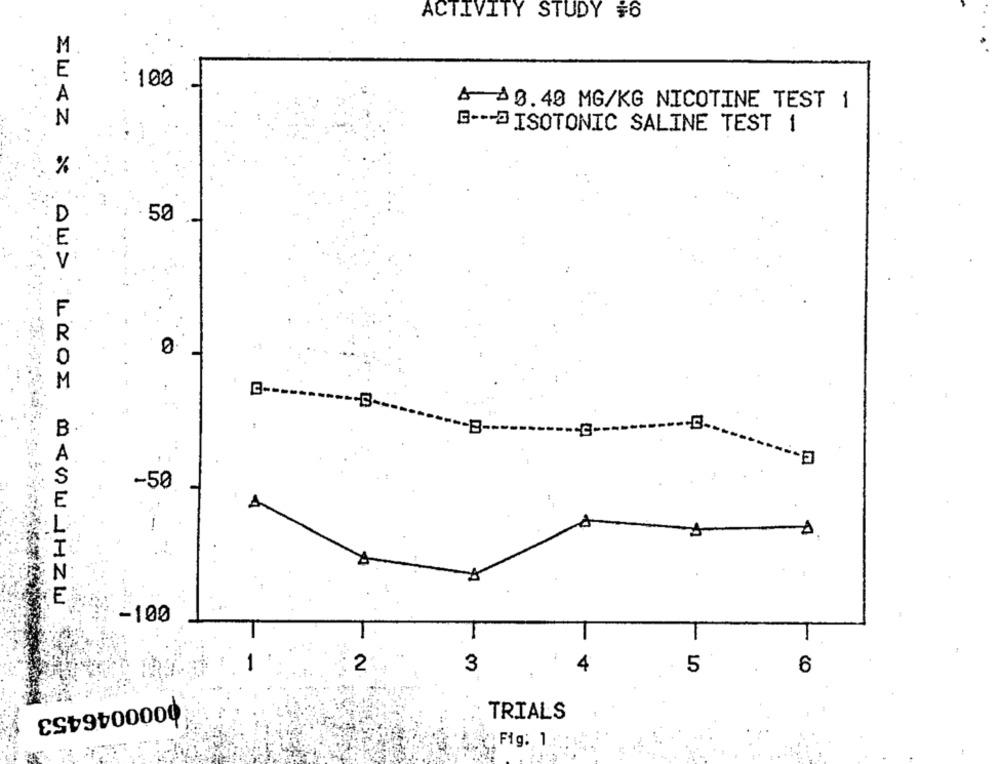
ACTIVITY STUDY #6
M
E
: 100
A
>0.40 MG/KG NICOTINE TEST 1
N
G --- @ISOTONIC SALINE TEST 1
%
. 50
0
-B
-50
E
IWTZ X AW> LEOS MINWIHZW
-100
2
3
4
5
6
0000046453
TRIALS
Fig: 1